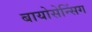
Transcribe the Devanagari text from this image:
बायोसेन्सिंग